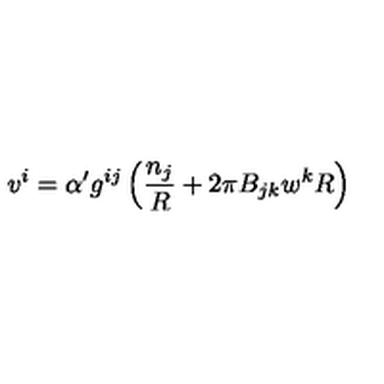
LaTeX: v ^ { i } = \alpha ^ { \prime } g ^ { i j } \left( \frac { n _ { j } } { R } + 2 \pi B _ { j k } w ^ { k } R \right)